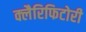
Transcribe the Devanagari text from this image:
क्लैरिफिटोरी